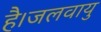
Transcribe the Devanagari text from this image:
है।जलवायु